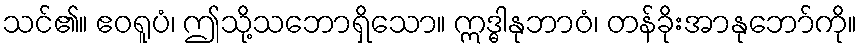
သင်၏။ ဧဝရူပံ၊ ဤသို့သဘောရှိသော။ ဣဒ္ဓါနုဘာဝံ၊ တန်ခိုးအာနုဘော်ကို။